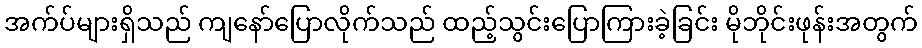
အက်ပ်များရှိသည် ကျနော်ပြောလိုက်သည် ထည့်သွင်းပြောကြားခဲ့ခြင်း မိုဘိုင်းဖုန်းအတွက်